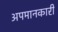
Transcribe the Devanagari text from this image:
अपमानकारी